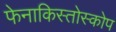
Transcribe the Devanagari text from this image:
फेनाकिस्तोस्कोप